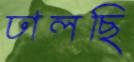
ঢালছি